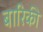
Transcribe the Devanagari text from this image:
बारिकी